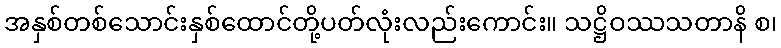
အနှစ်တစ်သောင်းနှစ်ထောင်တို့ပတ်လုံးလည်းကောင်း။ သဋ္ဌိဝဿသတာနိ စ၊